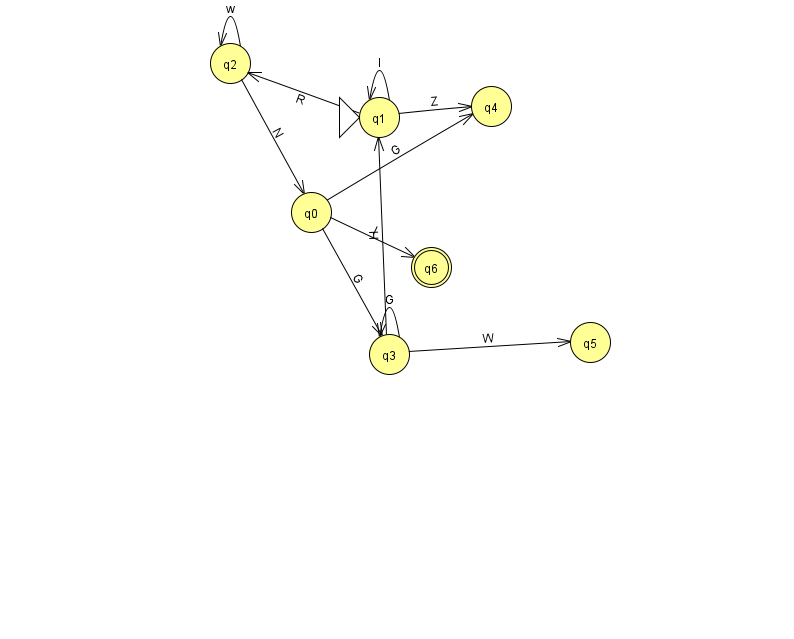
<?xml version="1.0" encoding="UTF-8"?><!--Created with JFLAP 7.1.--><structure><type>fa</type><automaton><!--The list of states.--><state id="0" name="q0"><x>311.0</x><y>199.0</y></state><state id="1" name="q1"><x>379.0</x><y>104.0</y><initial/></state><state id="2" name="q2"><x>230.0</x><y>50.0</y></state><state id="3" name="q3"><x>389.0</x><y>341.0</y></state><state id="4" name="q4"><x>491.0</x><y>93.0</y></state><state id="5" name="q5"><x>590.0</x><y>329.0</y></state><state id="6" name="q6"><x>431.0</x><y>254.0</y><final/></state><!--The list of transitions.--><transition><from>2</from><to>0</to><read>N</read></transition><transition><from>1</from><to>4</to><read>Z</read></transition><transition><from>2</from><to>2</to><read>w</read></transition><transition><from>3</from><to>1</to><read>H</read></transition><transition><from>3</from><to>3</to><read>G</read></transition><transition><from>1</from><to>2</to><read>R</read></transition><transition><from>3</from><to>5</to><read>W</read></transition><transition><from>1</from><to>1</to><read>l</read></transition><transition><from>0</from><to>3</to><read>G</read></transition><transition><from>0</from><to>6</to><read>l</read></transition><transition><from>0</from><to>4</to><read>G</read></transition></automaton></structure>